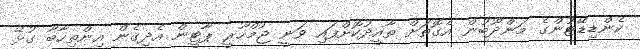
ކެންޑިޑޭޓުންގެ މަންދޫބުން އެގޮތަށް ތާއީދުކޮށްފައި ވަނީ ޖުމްހޫރީ ޕާޓީން އެދިގެން އިންތިހާބާ ގުޅޭ